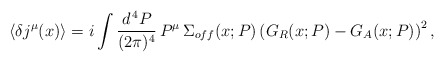
\begin{align*}\langle \delta j^\mu (x) \rangle = i \int \frac{d^{\, 4} P}{(2 \pi)^4} \, P^\mu \, \Sigma_{off} (x; P) \left( G_R (x; P) - G_A (x; P) \right)^2 , \end{align*}